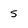
Character: 5